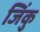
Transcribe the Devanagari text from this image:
जिंकु